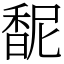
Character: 馜